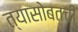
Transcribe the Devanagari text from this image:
त्यासोबतची